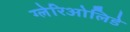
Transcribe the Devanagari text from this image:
ग्लेरिओलिडे